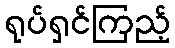
ရုပ်ရှင်ကြည့်